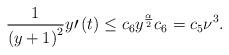
LaTeX: \begin{align*}\frac{1}{\left( y+1\right) ^{2}}y\prime\left( t\right) \leq c_{6}y^{\frac{\alpha}{2}}c_{6}=c_{5}\nu^{3}.\end{align*}